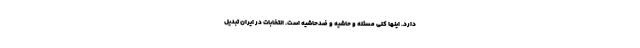
دارد. اینها کلی مسئله و حاشیه و ضدحاشیه است. انتخابات در ایران تبدیل